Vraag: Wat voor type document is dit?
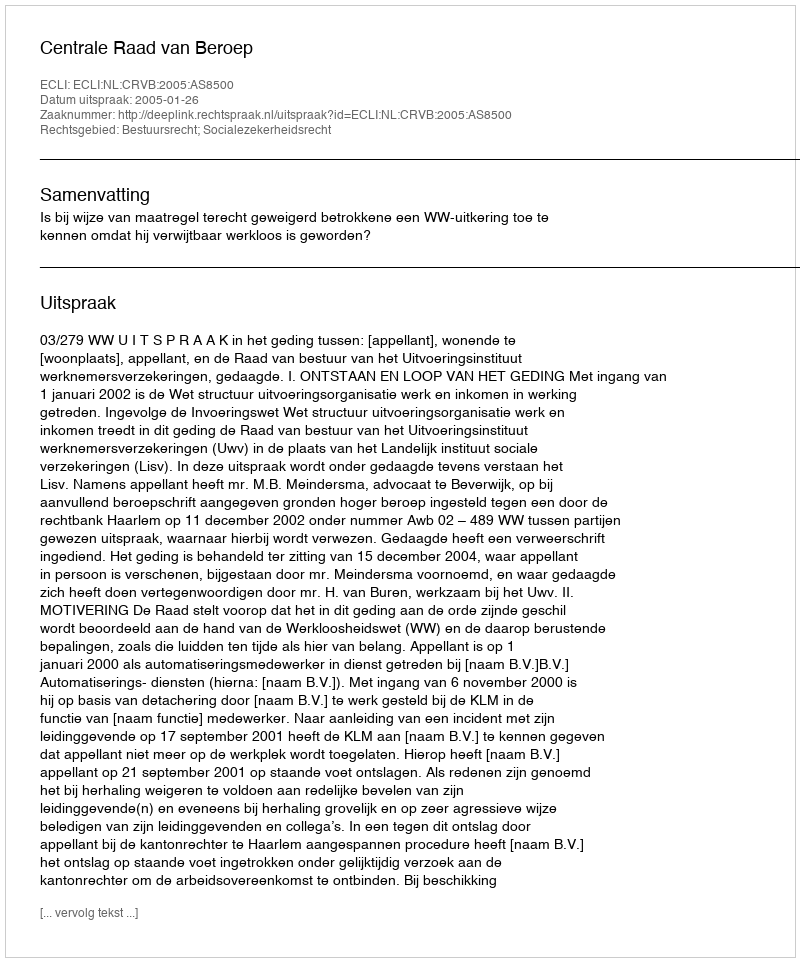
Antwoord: Uitspraak